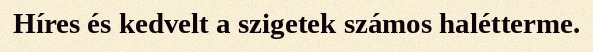
Híres és kedvelt a szigetek számos halétterme.